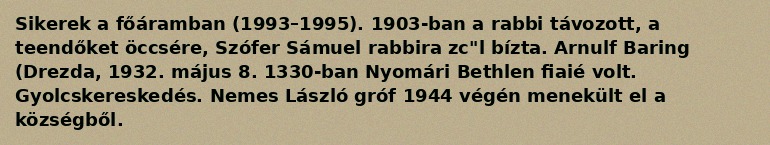
Sikerek a főáramban (1993–1995). 1903-ban a rabbi távozott, a teendőket öccsére, Szófer Sámuel rabbira zc"l bízta. Arnulf Baring (Drezda, 1932. május 8. 1330-ban Nyomári Bethlen fiaié volt. Gyolcskereskedés. Nemes László gróf 1944 végén menekült el a községből.